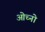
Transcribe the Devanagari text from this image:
ओच्नो